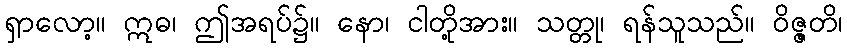
ရှာလော့။ ဣဓ၊ ဤအရပ်၌။ နော၊ ငါတို့အား။ သတ္တု၊ ရန်သူသည်။ ဝိဇ္ဇတိ၊